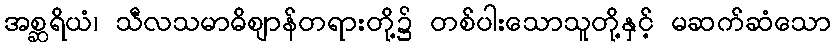
အစ္ဆရိယံ၊ သီလသမာဓိဈာန်တရားတို့၌ တစ်ပါးသောသူတို့နှင့် မဆက်ဆံသော